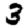
Digit: 3